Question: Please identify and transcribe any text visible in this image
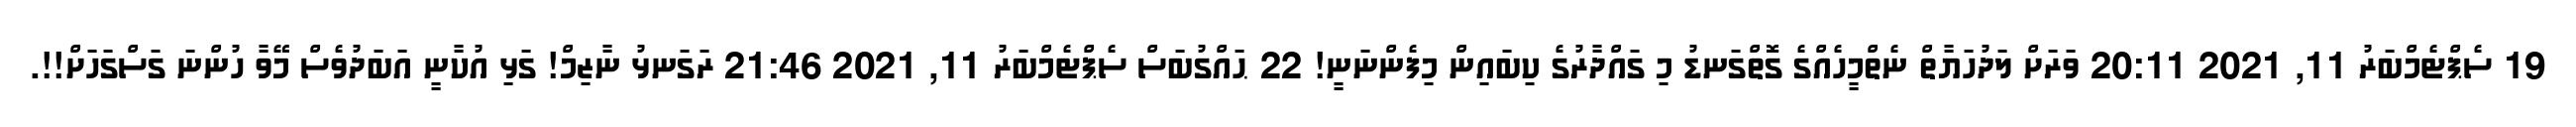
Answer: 19 ސެޕްޓެމްބަރު 11, 2021 20:11 ވަރަށް ލަދުހަޔާތް ނެތްމީހެއްގެ ގޮތްގަނޑު މި ގައްދާރުގެ ކިބައިން މިފެންނަނީ! 22 ޙައްގުބަސް ސެޕްޓެމްބަރު 11, 2021 21:46 ރަގަނޅު ނާޒިމް! ގަޅި އުކާނީ އަބަދުވެސް މޭވާ ހުންނަ ގަސްގަހަށް!!.